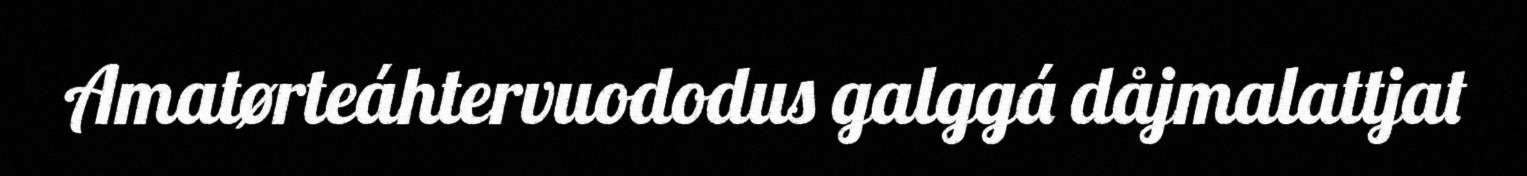
Amatørteáhtervuododus galggá dåjmalattjat